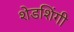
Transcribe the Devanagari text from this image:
शेडशिंगी